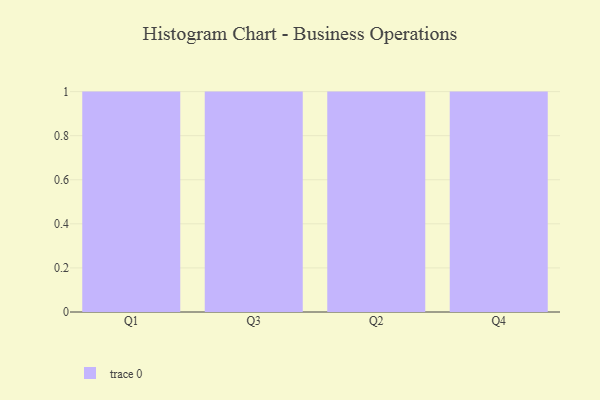
{"axis": {"x": "Quarter", "y": "Backlog"}, "legend": [""], "data": [{"x": "Q1", "y": 78, "type": ""}, {"x": "Q3", "y": 49, "type": ""}, {"x": "Q2", "y": 50, "type": ""}, {"x": "Q4", "y": 36, "type": ""}]}